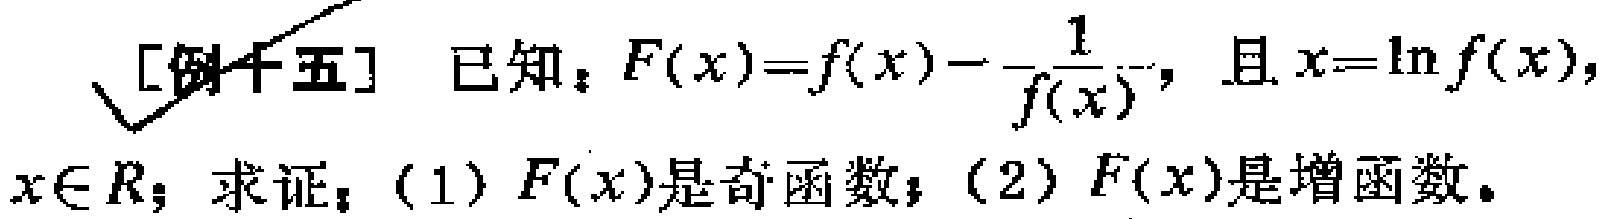
[例十五] 已知：\(F(x)=f(x)-\frac{1}{f(x)}\)，且\(x = \ln f(x)\)，\(x\in R\)；求证：(1)\(F(x)\)是奇函数；(2)\(F(x)\)是增函数。